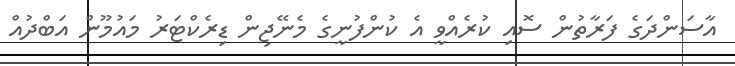
އާސަންދަގެ ފަރާތުން ސޮއި ކުރެއްވީ އެ ކުންފުނީގެ މެނޭޖިން ޑިރެކްޓަރު މައުމޫން އަބްދުއް